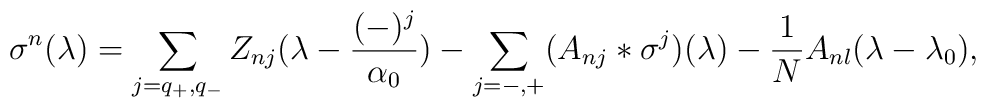
\sigma^{n}(\lambda) = \sum_{j=q_{+}, q_{-}}Z_{nj}(\lambda-{(-)^{j}\over \alpha_{0}})- \sum_{j=-,+} (A_{nj} * \sigma^{j}) (\lambda)-{1 \over N} A_{nl}(\lambda - \lambda_{0})\\,